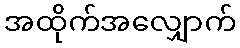
အထိုက်အလျှောက်